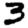
Digit: 3